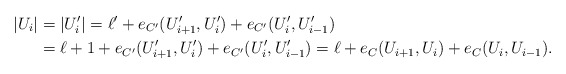
\begin{align*}|U_i|&=|U_i'|=\ell' +e_{C'}(U_{i+1}', U_i')+e_{C'}(U_i', U_{i-1}')\\&=\ell+1+e_{C'}(U_{i+1}', U_i')+e_{C'}(U_i', U_{i-1}')=\ell +e_C(U_{i+1}, U_i)+e_C(U_i, U_{i-1}).\end{align*}